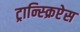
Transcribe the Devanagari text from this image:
ट्रान्स्क्रिप्टेस